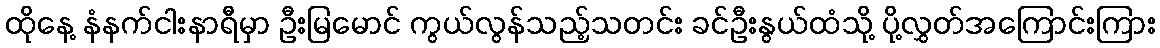
ထိုနေ့ နံနက်ငါးနာရီမှာ ဦးမြမောင် ကွယ်လွန်သည့်သတင်း ခင်ဦးနွယ်ထံသို့ ပို့လွှတ်အကြောင်းကြား